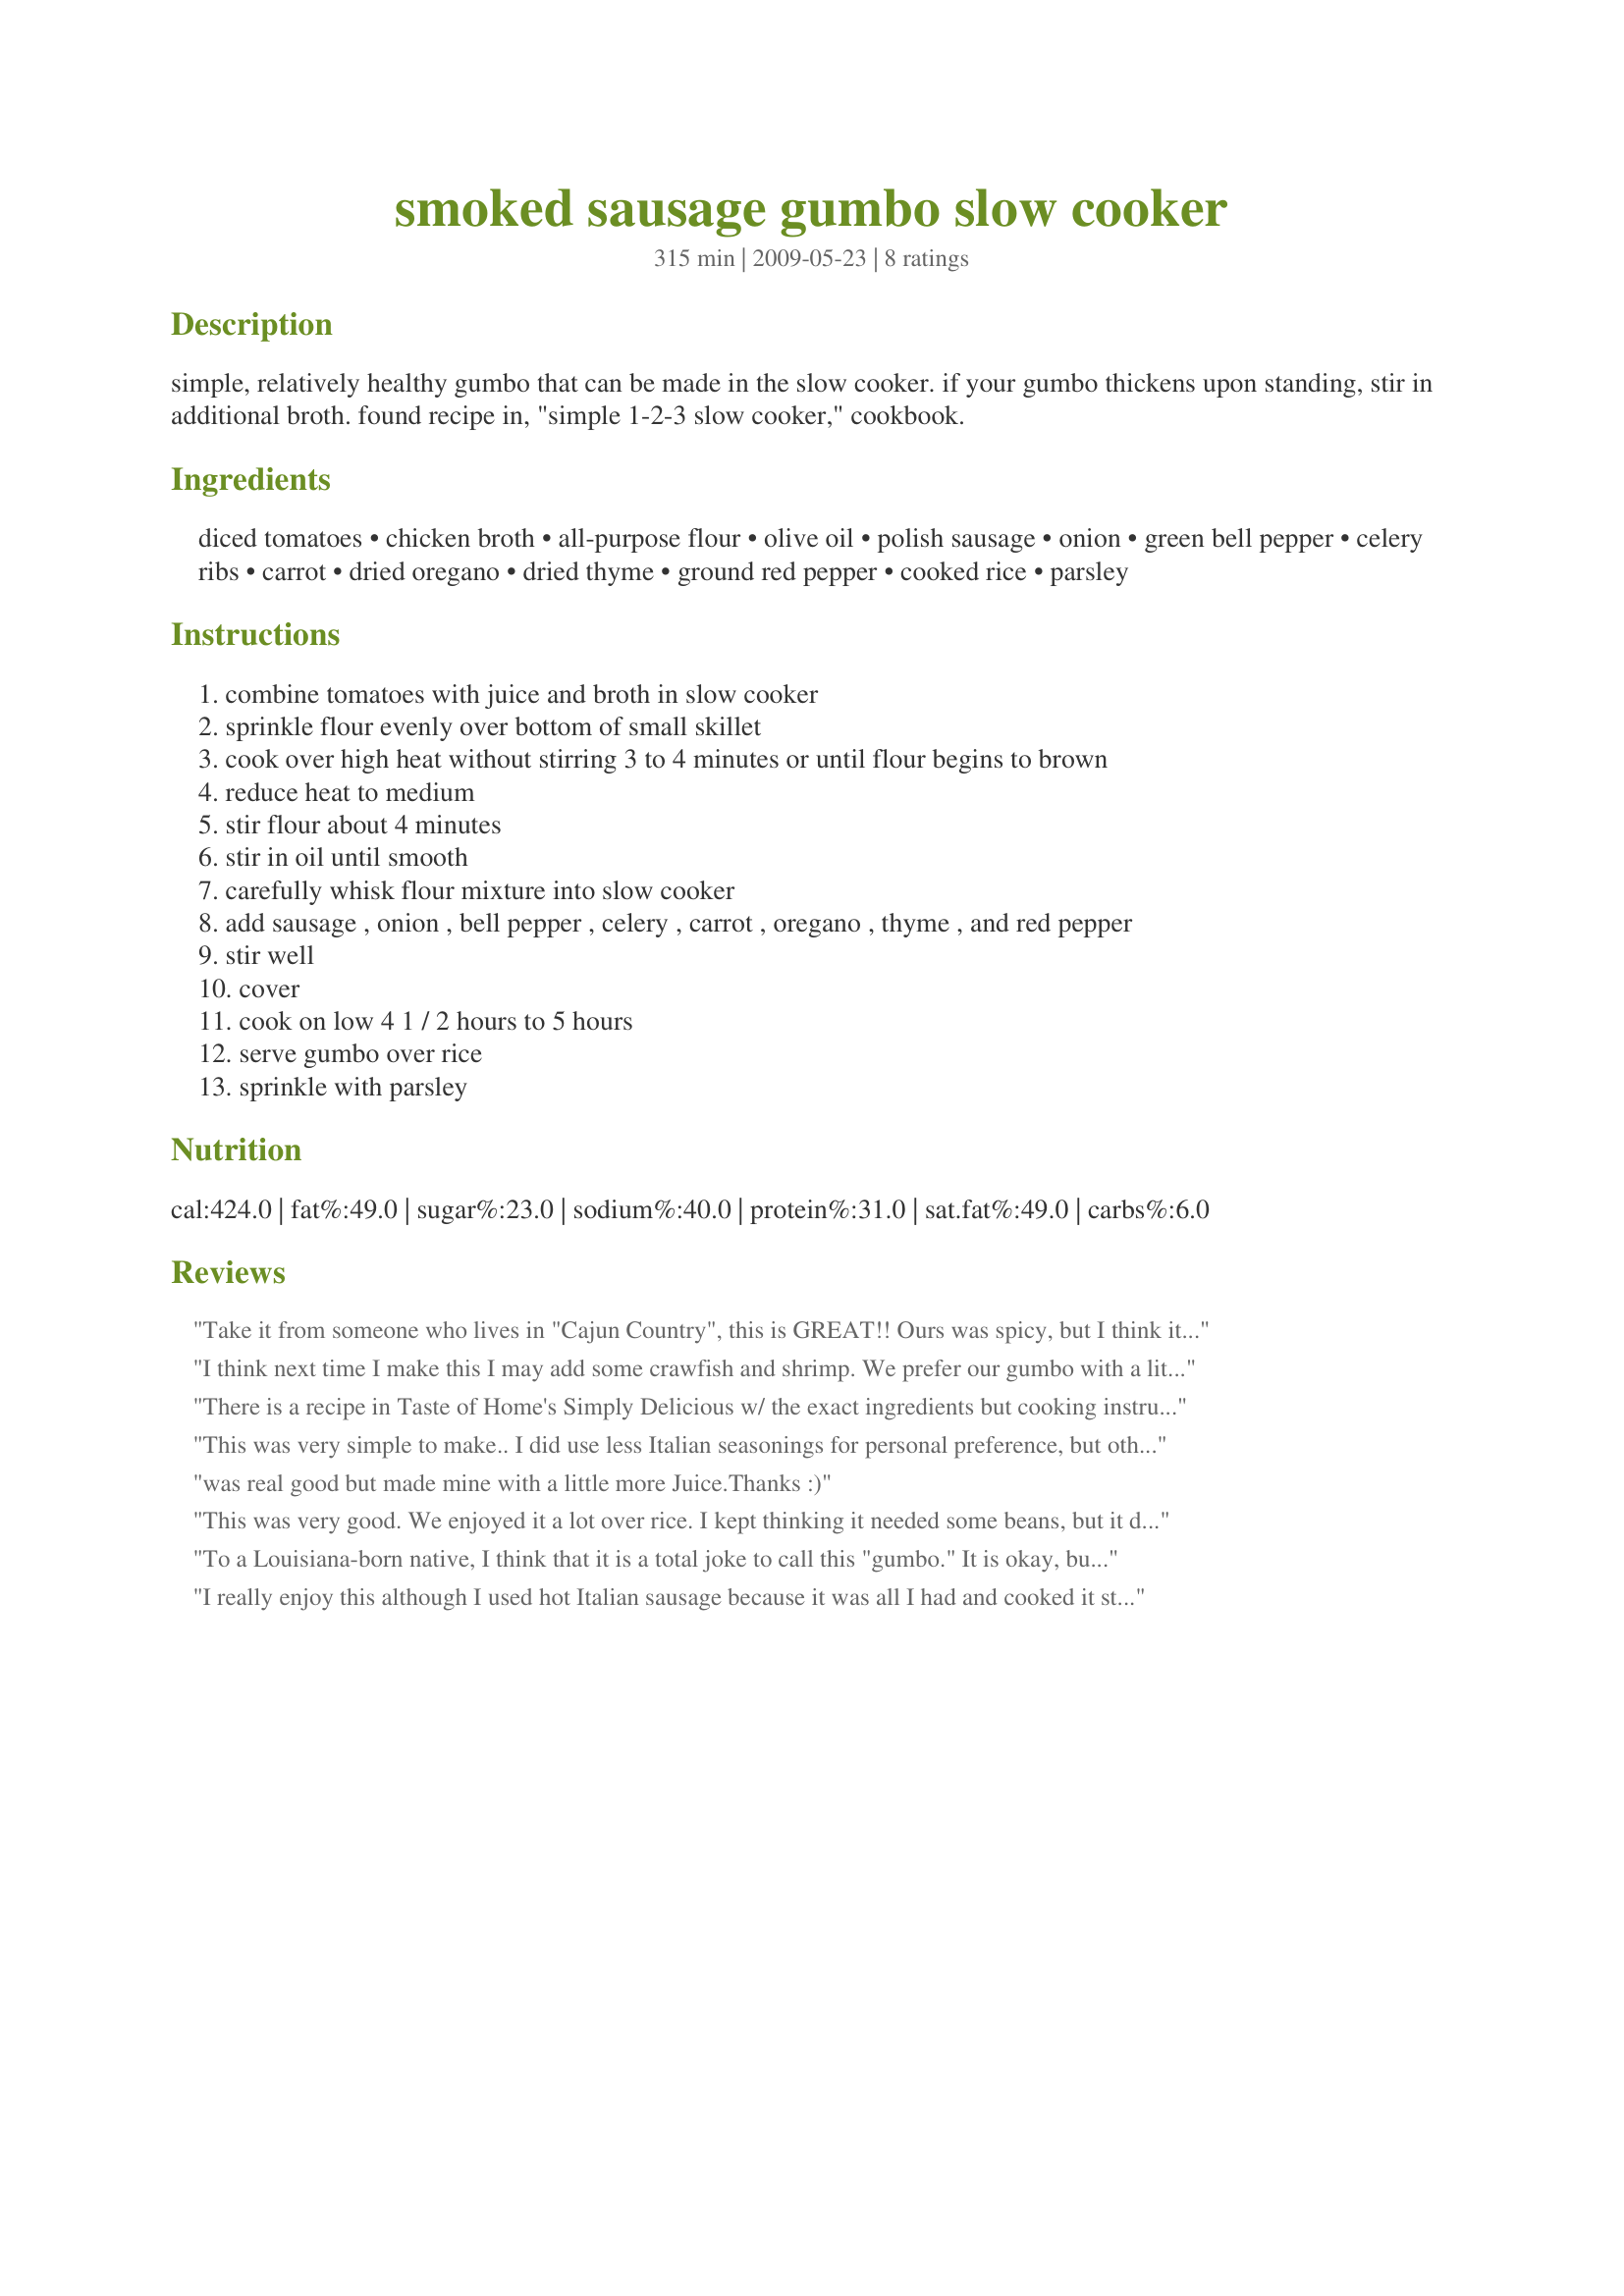
smoked sausage gumbo slow cooker
Preparation time: 315 minutes

simple, relatively healthy gumbo that can be made in the slow cooker. if your gumbo thickens upon standing, stir in additional broth. found recipe in, "simple 1-2-3 slow cooker," cookbook.

Ingredients:
diced tomatoes, chicken broth, all-purpose flour, olive oil, polish sausage, onion, green bell pepper, celery ribs, carrot, dried oregano, dried thyme, ground red pepper, cooked rice, parsley

Steps:
combine tomatoes with juice and broth in slow cooker
sprinkle flour evenly over bottom of small skillet
cook over high heat without stirring 3 to 4 minutes or until flour begins to brown
reduce heat to medium
stir flour about 4 minutes
stir in oil until smooth
carefully whisk flour mixture into slow cooker
add sausage , onion , bell pepper , celery , carrot , oregano , thyme , and red pepper
stir well
cover
cook on low 4 1 / 2 hours to 5 hours
serve gumbo over rice
sprinkle with parsley

Reviews:
Take it from someone who lives in "Cajun Country", this is GREAT!! Ours was spicy, but I think it was the sausage I used. Maybe that and the way I "eyeballed" the red pepper flakes!! But, the recipe itself is PERFECT.I also added chicken. (NOT in my pic) And I LOVE the fact that it cooks in the crockpot!Thanks! Made for ZWT5.
I think next time I make this I may add some crawfish and shrimp. We prefer our gumbo with a little more meat. I did use andouille sausage which always adds a little more spice.
There is a recipe in Taste of Home's Simply Delicious w/ the exact ingredients but cooking instructions are different. I've never eaten gumbo so can't compare it to anything but I thought this was a good simple dish. My 2 year old gobbled it up. Thanks! :)
This was very simple to make.. I did use less Italian seasonings for personal preference, but otherwise made as directed. Thanks for the recipe.
was real good but made mine with a little more Juice.Thanks :)
This was very good. We enjoyed it a lot over rice. I kept thinking it needed some beans, but it didn't!!! Thanks for a good recipe.
To a Louisiana-born native, I think that it is a total joke to call this "gumbo." It is okay, but definitely more of a "stew" over rice. Just trying to clarify for people that think this is what "us cajun's" eat.
I really enjoy this although I used hot Italian sausage because it was all I had and cooked it stovetop. The links were frozen so I removed the casing and cut into pieces. I browned for almost ten minutes then added one tablespoon and a half of flour and cooked another minute. Then proceeded with tomatoes, broth, veggies and seasoning as directed. Added 1 tsp brown sugar (because of the acidity in canned tomatoes), 2 tsp garlic powder, 1 tsp salt, and cooked for one hour stovetop on low. I loved this so much I made it 2x this week. Thanks for a great recipe!
